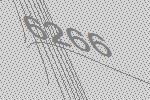
6266